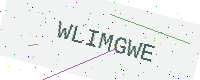
Text: WLIMGWE